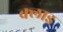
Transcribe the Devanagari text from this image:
क्लाइ